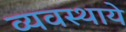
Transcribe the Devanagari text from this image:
व्यवस्थाये